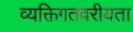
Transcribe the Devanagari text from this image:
व्यक्तिगतवरीयता